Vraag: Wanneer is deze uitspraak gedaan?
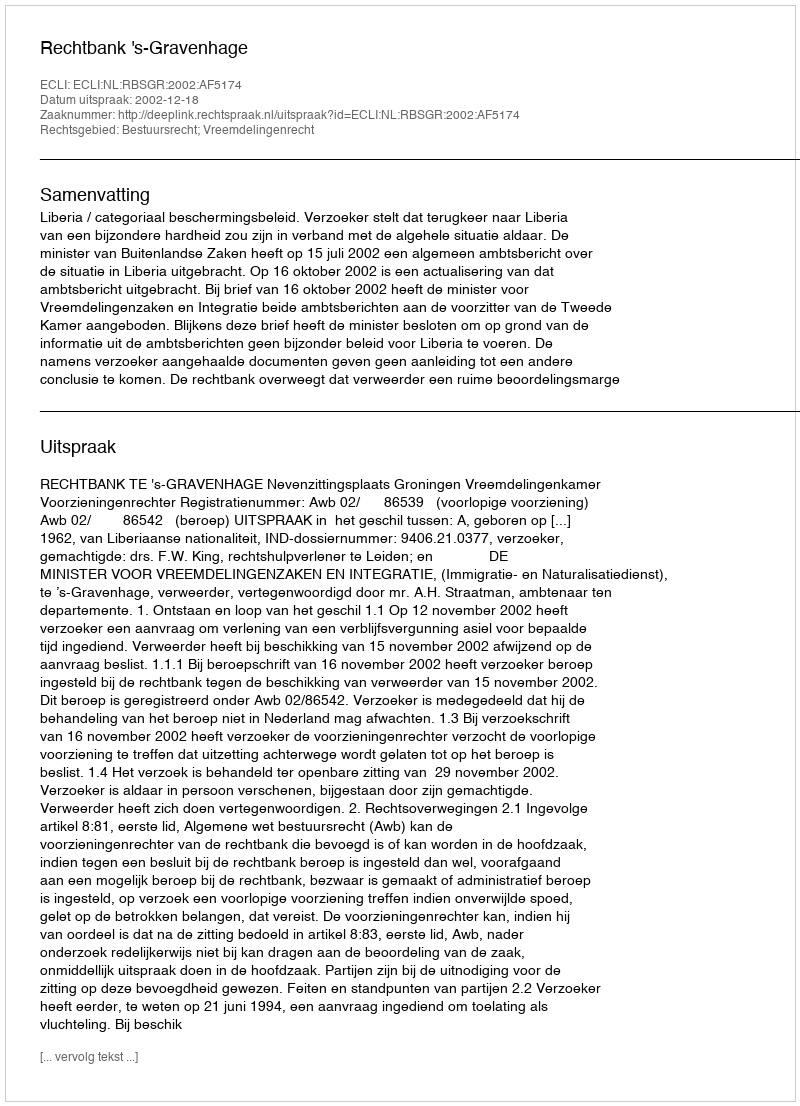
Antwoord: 2002-12-18